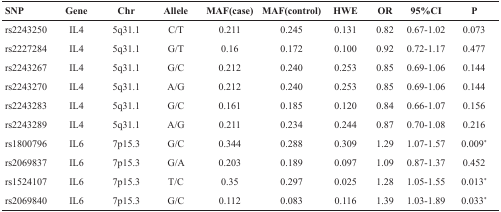
| SNP | Gene | Chr | Allele | MAF(case) | MAF(control) | HWE | OR | 95%CI | P |
 | --- | --- | --- | --- | --- | --- | --- | --- | --- | --- |
 | rs2243250 | IL4 | 5q31.1 | C/T | 0.211 | 0.245 | 0.131 | 0.82 | 0.67-1.02 | 0.073 |
 | rs2227284 | IL4 | 5q31.1 | G/T | 0.16 | 0.172 | 0.100 | 0.92 | 0.72-1.17 | 0.477 |
 | rs2243267 | IL4 | 5q31.1 | G/C | 0.212 | 0.240 | 0.253 | 0.85 | 0.69-1.06 | 0.144 |
 | rs2243270 | IL4 | 5q31.1 | A/G | 0.212 | 0.240 | 0.253 | 0.85 | 0.69-1.06 | 0.144 |
 | rs2243283 | IL4 | 5q31.1 | G/C | 0.161 | 0.185 | 0.120 | 0.84 | 0.66-1.07 | 0.156 |
 | rs2243289 | IL4 | 5q31.1 | A/G | 0.211 | 0.234 | 0.244 | 0.87 | 0.70-1.08 | 0.216 |
 | rs1800796 | IL6 | 7p15.3 | G/C | 0.344 | 0.288 | 0.309 | 1.29 | 1.07-1.57 | 0.009* |
 | rs2069837 | IL6 | 7p15.3 | G/A | 0.203 | 0.189 | 0.097 | 1.09 | 0.87-1.37 | 0.452 |
 | rs1524107 | IL6 | 7p15.3 | T/C | 0.35 | 0.297 | 0.025 | 1.28 | 1.05-1.55 | 0.013* |
 | rs2069840 | IL6 | 7p15.3 | G/C | 0.112 | 0.083 | 0.116 | 1.39 | 1.03-1.89 | 0.033* |